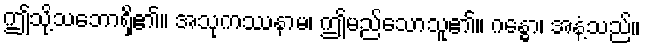
ဤသို့သဘောရှိ၏။ အသုကဿနာမ၊ ဤမည်သောသူ၏။ ဂန္ဓော၊ အနံ့သည်။